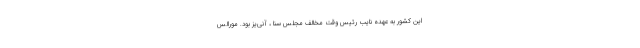
این کشور به عهده نایب رئیس وقت مخالف مجلس سنا ، آنی‌یز بود. مورالس